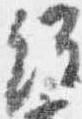
経